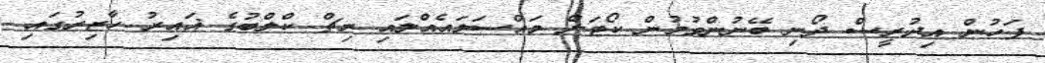
ފަހުން އިދުރީސް ދޯނި ބޭނުންވުމުން ކޯޓަށް މައްސަލައެއްލައި ރިޗް ކްލްބުގެ ޣައިރު ހާޒިރުގައި